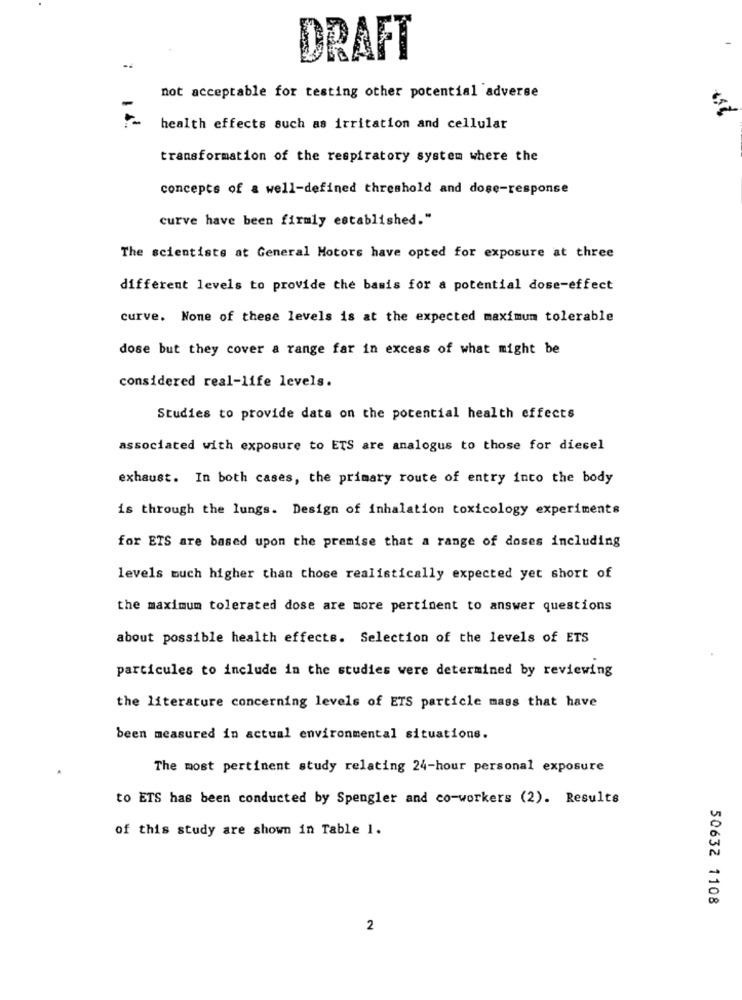
DRAFT
not acceptable for testing other potential adverse
health effects such as irritation and cellular
transformation of the respiratory system where the
concepts of a well-defined threshold and dose-response
curve have been firmly established."
The scientists at General Motors have opted for exposure at three
different levels to provide the basis for a potential dose-effect
curve. None of these levels is at the expected maximum tolerable
dose but they cover a range far in excess of what might be
considered real-life levels.
Studies to provide data on the potential health effects
associated with exposure to ETS are analogus to those for diesel
exhaust. In both cases, the primary route of entry into the body
is through the lungs. Design of inhalation toxicology experiments
for ETS are based upon the premise that a range of doses including
levels much higher than those realistically expected yet short of
the maximum tolerated dose are more pertinent to answer questions
about possible health effects. Selection of the levels of ETS
particules to include in the studies were determined by reviewing
the literature concerning levels of ETS particle mass that have
been measured in actual environmental situations.
The most pertinent study relating 24-hour personal exposure
to ETS has been conducted by Spengler and co-workers (2). Results
of this study are shown in Table 1.
50632 1108
2